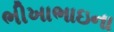
ભીખાભાઇના